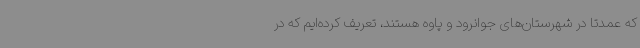
که عمدتا در شهرستان‌های جوانرود و پاوه هستند، تعریف کرده‌ایم که در